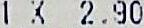
1 X 2.90